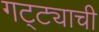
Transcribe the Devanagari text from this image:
गट्ट्याची